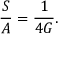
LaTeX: \frac { S } { A } = \frac { 1 } { 4 G } .